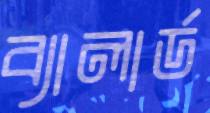
ব্যালার্ড